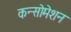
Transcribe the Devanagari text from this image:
कन्सोमेशन